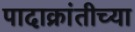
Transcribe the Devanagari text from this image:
पादाक्रांतीच्या